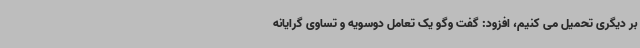
بر دیگری تحمیل می کنیم، افزود: گفت وگو یک تعامل دوسویه و تساوی گرایانه